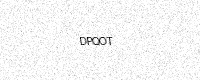
Text: DPQOT